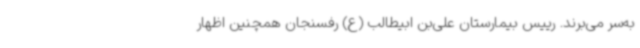
به‌سر می‌برند. رییس بیمارستان علی‌بن ابیطالب (ع) رفسنجان همچنین اظهار